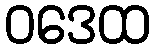
ဝဒေထ